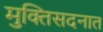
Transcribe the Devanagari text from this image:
मुक्तिसदनात